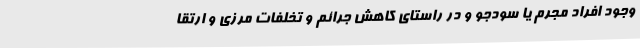
وجود افراد مجرم یا سودجو و در راستای کاهش جرائم و تخلفات مرزی و ارتقا